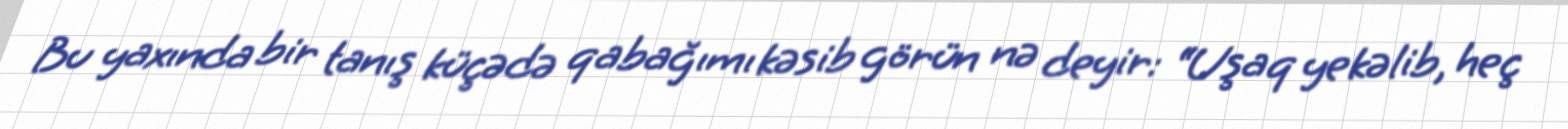
Bu yaxında bir tanış küçədə qabağımı kəsib görün nə deyir: “Uşaq yekəlib, heç